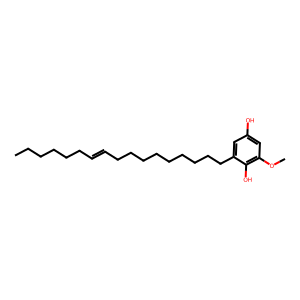
SMILES: CCCCCCC=CCCCCCCCCCc1cc(O)cc(OC)c1O
Inhibits HIV replication: No